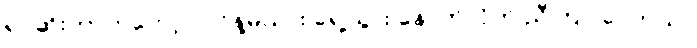
ရုပ်ဆိုးတာကတော့ လင်နဲ့မယား ရှေ့သွား နောက်လိုက် ညီကြပါပေတယ်။